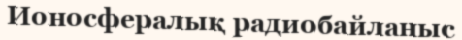
Ионосфералық радиобайланыс